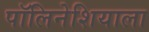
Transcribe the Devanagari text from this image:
पॉलिनेशियाला